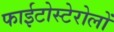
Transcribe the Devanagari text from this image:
फाईटोस्टेरोलों